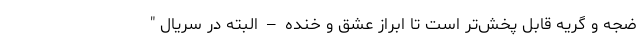
ضجه و گریه قابل پخش‌تر است تا ابراز عشق و خنده – البته در سریال "